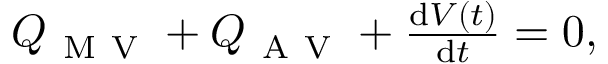
\begin{array} { r } { Q _ { \mathrm { ~ M ~ V ~ } } + Q _ { \mathrm { ~ A ~ V ~ } } + \frac { \mathrm { d } V ( t ) } { \mathrm { d } t } = 0 , } \end{array}